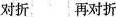
对折 再对折